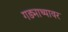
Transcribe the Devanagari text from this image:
गड्माथ्यावर